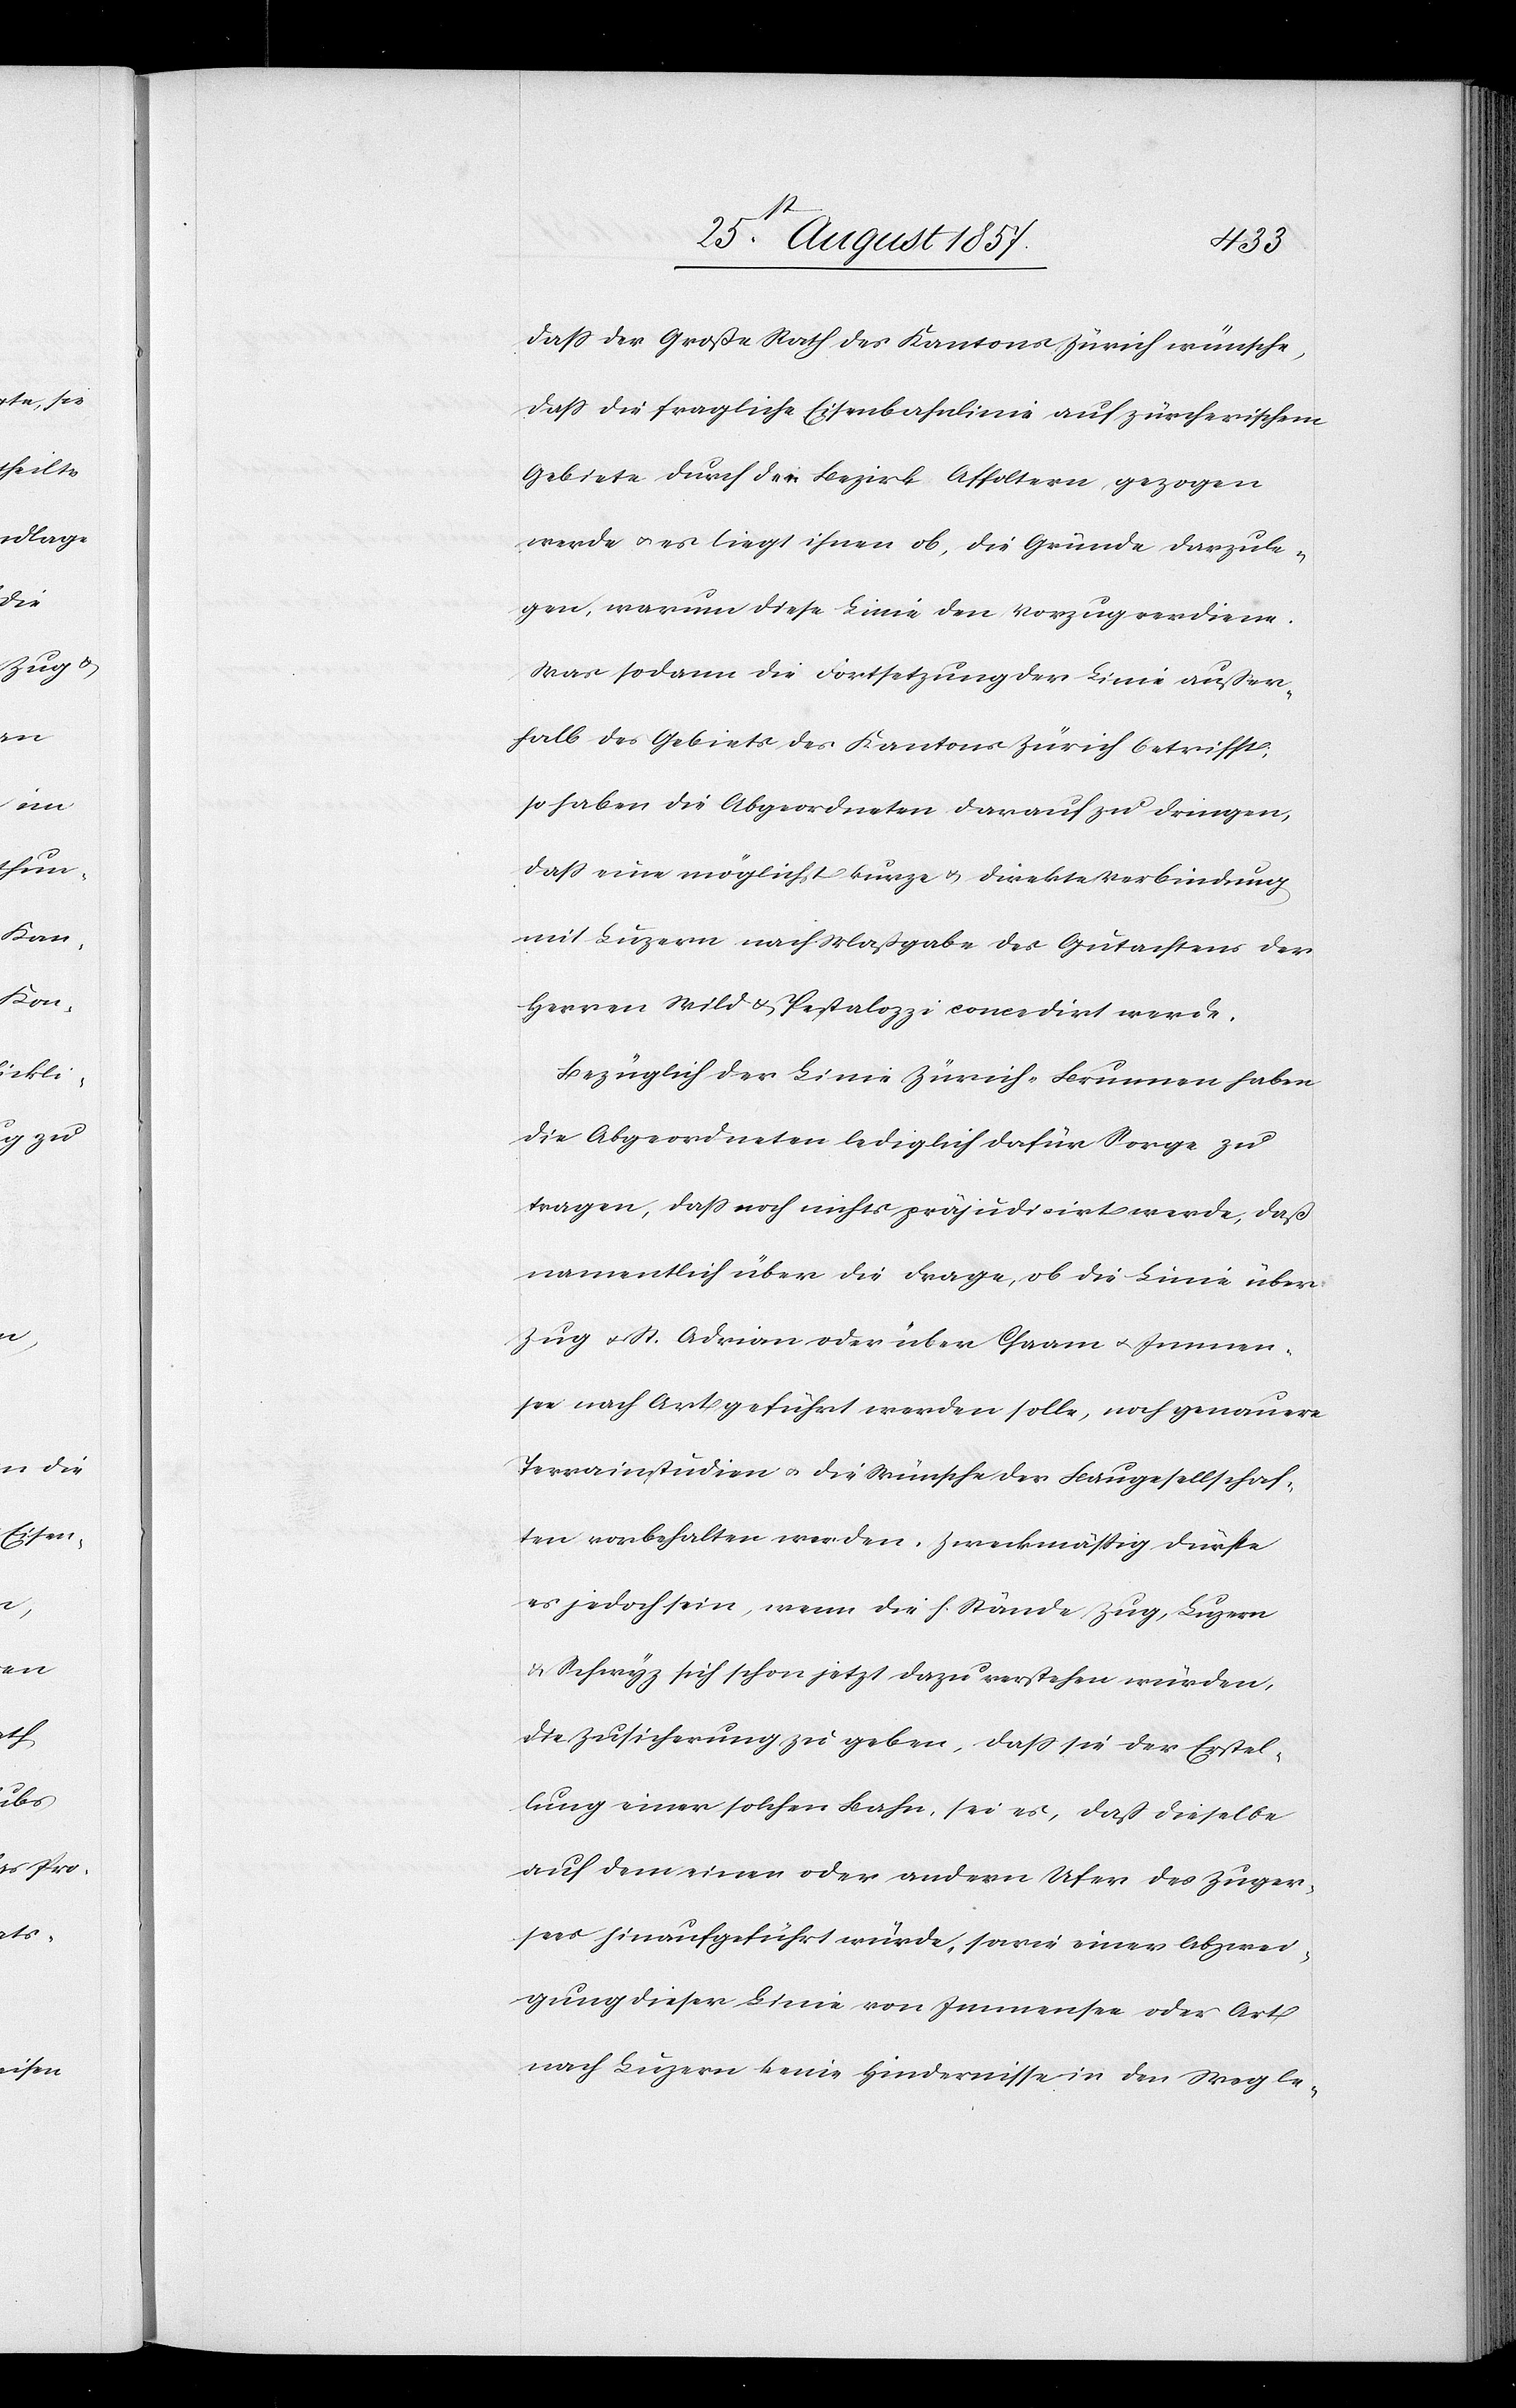
daß der Große Rath des Kantons Zürich wünsche,
daß die fragliche Eisenbahnlinie auf zürcherischem
Gebiete durch den Bezirk Affoltern gezogen
werde & es liegt ihnen ob, die Gründe darzule¬
gen, warum diese Linie den Vorzug verdiene.
Was sodann die Fortsetzung der Linie außer¬
halb des Gebietes des Kantons Zürich betrifft;
so haben die Abgeordneten darauf zu dringen,
daß eine möglichst kurze & direkte Verbindung
mit Luzern nach Maßgabe des Gutachtens der
Herren Wild & Pestalozzi concedirt werde.
Bezüglich der Linie Zürich-Brunnen haben
die Abgeordneten lediglich dafür Sorge zu
tragen, daß noch nichts präjudizirt werde, daß
namentlich über die Frage, ob die Linie über
Zug & St. Adrian oder über Chaam & Immen¬
see nach Art geführt werden solle, noch genauere
Terrainstudien & die Wünsche der Baugesellschaf¬
t vorbehalten werden. Zweckmäßig dürfte
es jedoch sein, wenn die h. Stände Zug, Luzern
& Schwyz sich schon jetzt dazu verstehen würden,
die Zusicherung zu geben, daß sie der Erstel¬
lung einer solchen Bahn, sei es, daß dieselbe
auf dem einen oder andern Ufer des Zuger¬
sees hinaufgeführt würde, sowie einer Abzwei¬
gung dieser Linie von Immensee oder Art
nach Luzern keine Hindernisse in den Weg le-